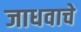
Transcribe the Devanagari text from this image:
जाधवाचे